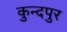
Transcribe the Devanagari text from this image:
कुन्दपुर